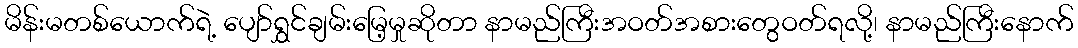
မိန်းမတစ်ယောက်ရဲ့ ပျော်ရွှင်ချမ်းမြေ့မှုဆိုတာ နာမည်ကြီးအဝတ်အစားတွေဝတ်ရလို့၊ နာမည်ကြီးနောက်